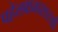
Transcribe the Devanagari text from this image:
पहेलवानासारखी